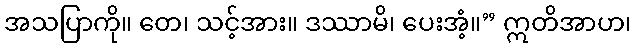
အသပြာကို။ တေ၊ သင့်အား။ ဒဿာမိ၊ ပေးအံ့။” ဣတိအာဟ၊